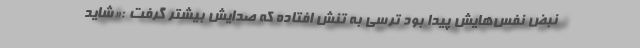
نبض نفس‌هایش پیدا بود ترسی به تنش افتاده که صدایش بیشتر گرفت :«شاید